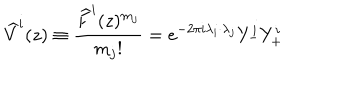
LaTeX: \widehat { V } ^ { i } ( z ) \equiv \frac { \widehat { F } ^ { i } ( z ) ^ { m _ { j } } } { m _ { j } ! } = e ^ { - 2 \pi i \lambda _ { i } \cdot \lambda _ { j } } Y _ { - } ^ { i } Y _ { + } ^ { i }